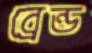
ব্রেন্ড